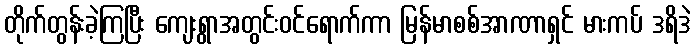
တိုက်တွန်းခဲ့ကြပြီး ကျေးရွာအတွင်းဝင်ရောက်ကာ မြန်မာစစ်အာဏာရှင် မားကပ် ဒရိဒဲ